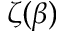
\zeta ( \beta )